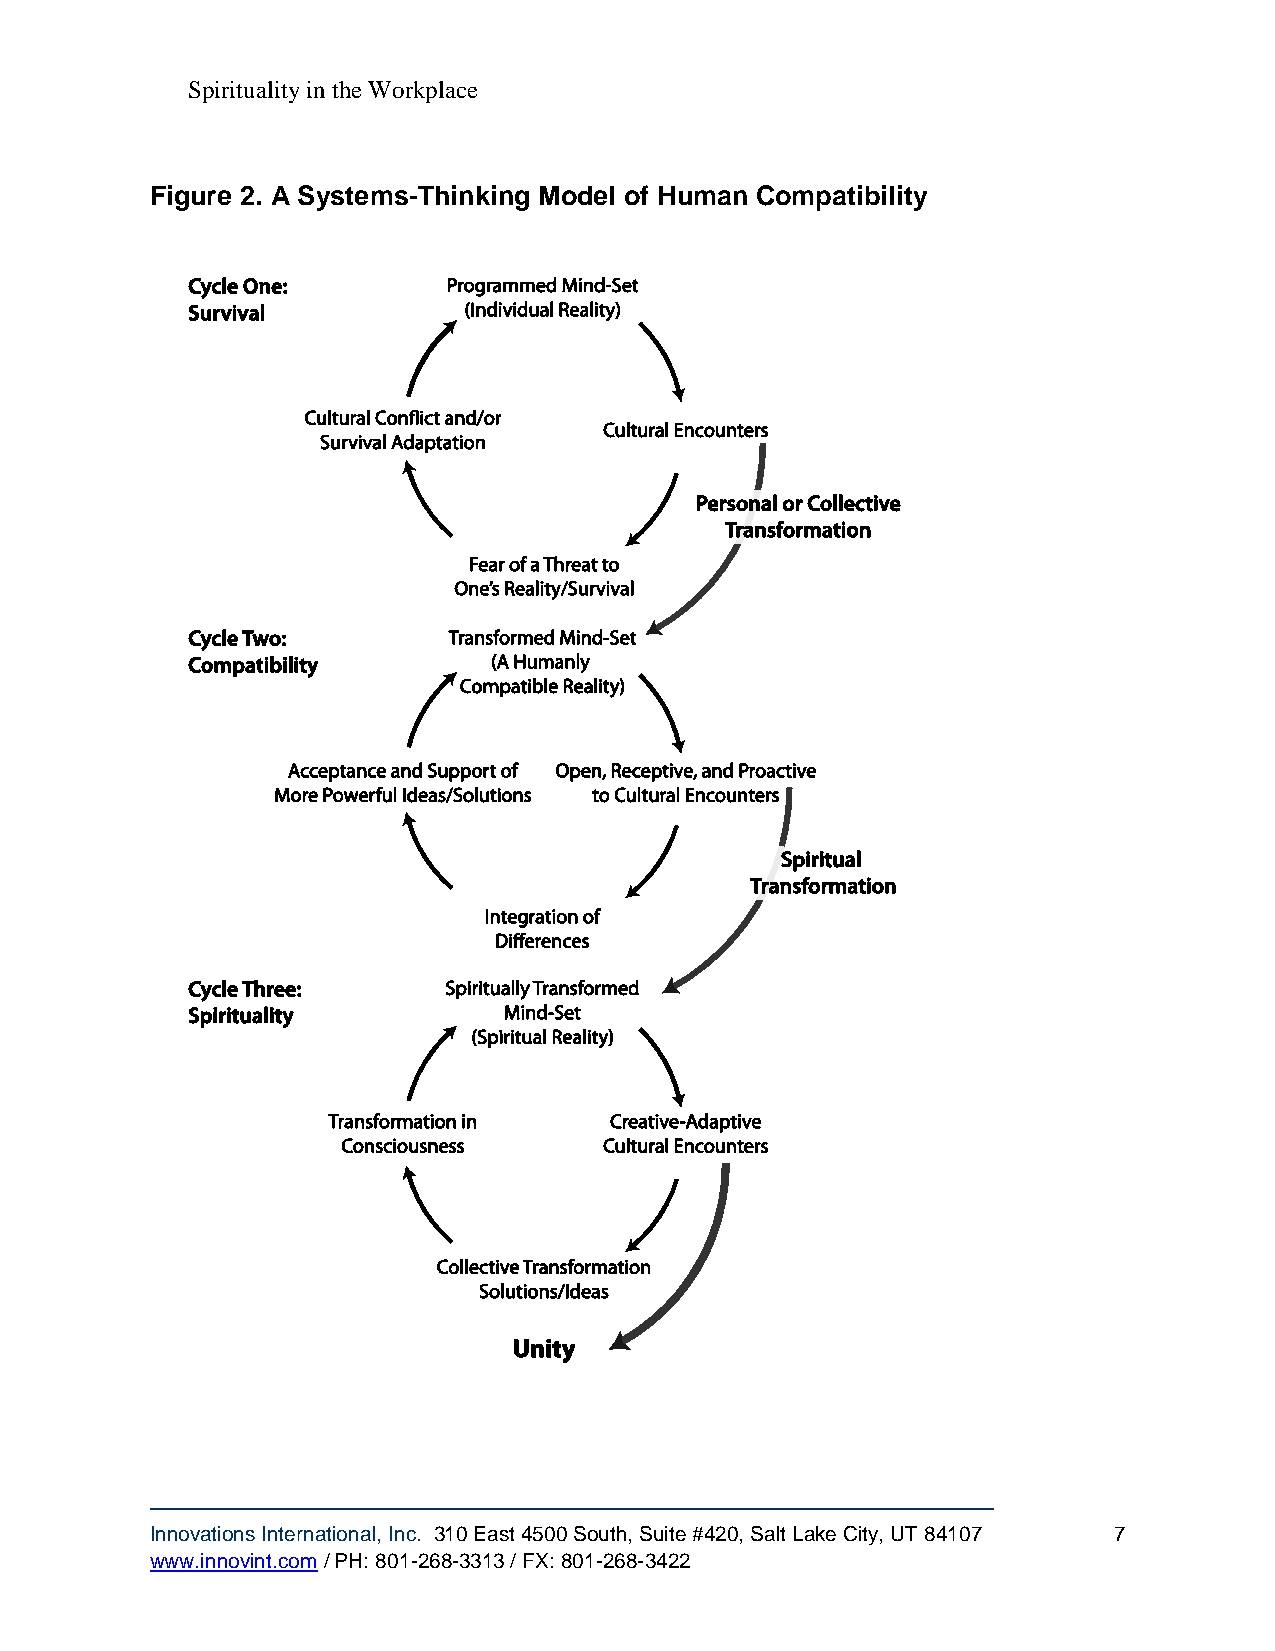
Spirituality in the Workplace
 Figure 2. A Systems-Thinking Model of Human Compatibility
 Innovations International, Inc. 310 East 4500 South, Suite #420, Salt Lake City, UT 84107 7
 www.innovint.com / PH: 801-268-3313 / FX: 801-268-3422